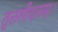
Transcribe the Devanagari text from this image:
तुलसीदलम्।